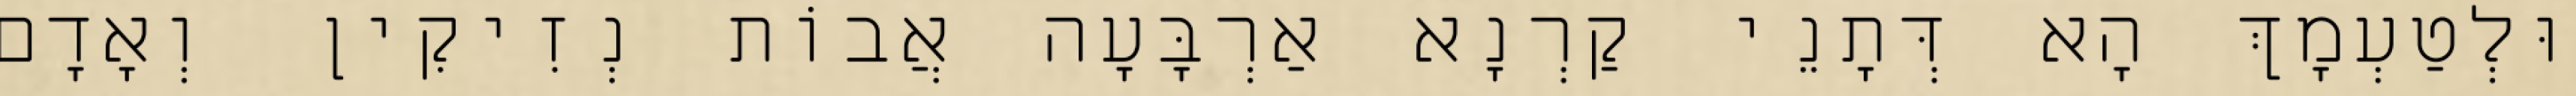
וּלְטַעְמָךְ הָא דְּתָנֵי קַרְנָא אַרְבָּעָה אֲבוֹת נְזִיקִין וְאָדָם